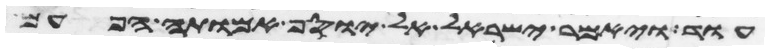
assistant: עוד ויאמר ישראל אל יוסף אמותה הפעם